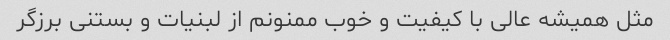
مثل همیشه عالی با کیفیت و خوب ممنونم از لبنیات و بستنی برزگر